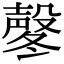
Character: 㲇